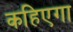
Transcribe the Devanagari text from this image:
कहिएगा